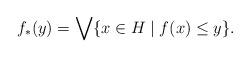
LaTeX: \begin{align*}f_\ast(y) = \bigvee \{x \in H \mid f(x) \leq y\}.\end{align*}